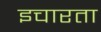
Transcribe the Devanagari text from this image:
इचारता